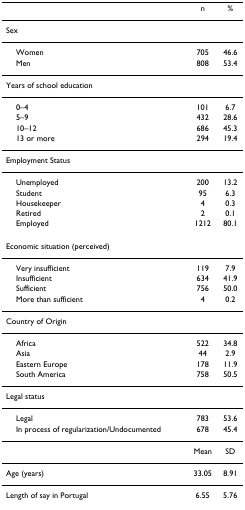
<table><thead><tr><td></td><td><b>n</b></td><td><b>%</b></td></tr></thead><tbody><tr><td colspan="3">Sex</td></tr><tr><td> Women</td><td>705</td><td>46.6</td></tr><tr><td> Men</td><td>808</td><td>53.4</td></tr><tr><td colspan="3">Years of school education</td></tr><tr><td> 0–4</td><td>101</td><td>6.7</td></tr><tr><td> 5–9</td><td>432</td><td>28.6</td></tr><tr><td> 10–12</td><td>686</td><td>45.3</td></tr><tr><td> 13 or more</td><td>294</td><td>19.4</td></tr><tr><td colspan="3">Employment Status</td></tr><tr><td> Unemployed</td><td>200</td><td>13.2</td></tr><tr><td> Student</td><td>95</td><td>6.3</td></tr><tr><td> Housekeeper</td><td>4</td><td>0.3</td></tr><tr><td> Retired</td><td>2</td><td>0.1</td></tr><tr><td> Employed</td><td>1212</td><td>80.1</td></tr><tr><td colspan="3">Economic situation (perceived)</td></tr><tr><td> Very insufficient</td><td>119</td><td>7.9</td></tr><tr><td> Insufficient</td><td>634</td><td>41.9</td></tr><tr><td> Sufficient</td><td>756</td><td>50.0</td></tr><tr><td> More than sufficient</td><td>4</td><td>0.2</td></tr><tr><td colspan="3">Country of Origin</td></tr><tr><td> Africa</td><td>522</td><td>34.8</td></tr><tr><td> Asia</td><td>44</td><td>2.9</td></tr><tr><td> Eastern Europe</td><td>178</td><td>11.9</td></tr><tr><td> South America</td><td>758</td><td>50.5</td></tr><tr><td colspan="3">Legal status</td></tr><tr><td> Legal</td><td>783</td><td>53.6</td></tr><tr><td> In process of regularization/Undocumented</td><td>678</td><td>45.4</td></tr><tr><td></td><td>Mean</td><td>SD</td></tr><tr><td>Age (years)</td><td>33.05</td><td>8.91</td></tr><tr><td>Length of say in Portugal</td><td>6.55</td><td>5.76</td></tr></tbody></table>